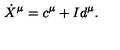
\dot { X } ^ { \mu } = c ^ { \mu } + I d ^ { \mu } .